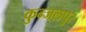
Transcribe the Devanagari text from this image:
कुन्जलपुर